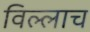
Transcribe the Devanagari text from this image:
विल्लाच